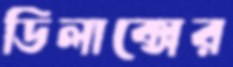
ডিলাক্সের